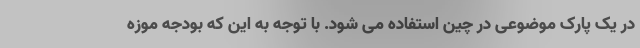
در یک پارک موضوعی در چین استفاده می شود. با توجه به این که بودجه موزه